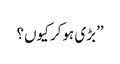
’’بڑی ہوکر کیوں؟